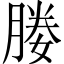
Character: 媵